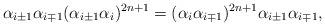
\begin{align*}\alpha_{i\pm 1} \alpha_{i\mp 1} (\alpha_{i\pm 1} \alpha_i)^{2n+1}=(\alpha_i \alpha_{i\mp 1})^{2n+1} \alpha_{i\pm 1} \alpha_{i\mp 1},\end{align*}